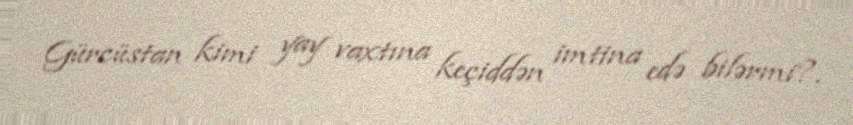
Gürcüstan kimi yay vaxtına keçiddən imtina edə bilərmi?.